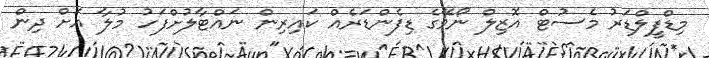
މިޑްފީލްޑަރު މެސުޓް އޮޒިލް ނޯވޭގެ ޑިފެންޑަރެއް ކައިރިން ނައްޓާލުށްފަހު މުލާ އަށް ދިން